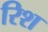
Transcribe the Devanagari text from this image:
रिश